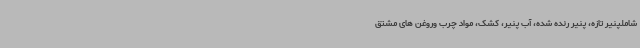
شاملپنیر تازه، پنیر رنده شده، آب پنیر، کشک، مواد چرب وروغن های مشتق